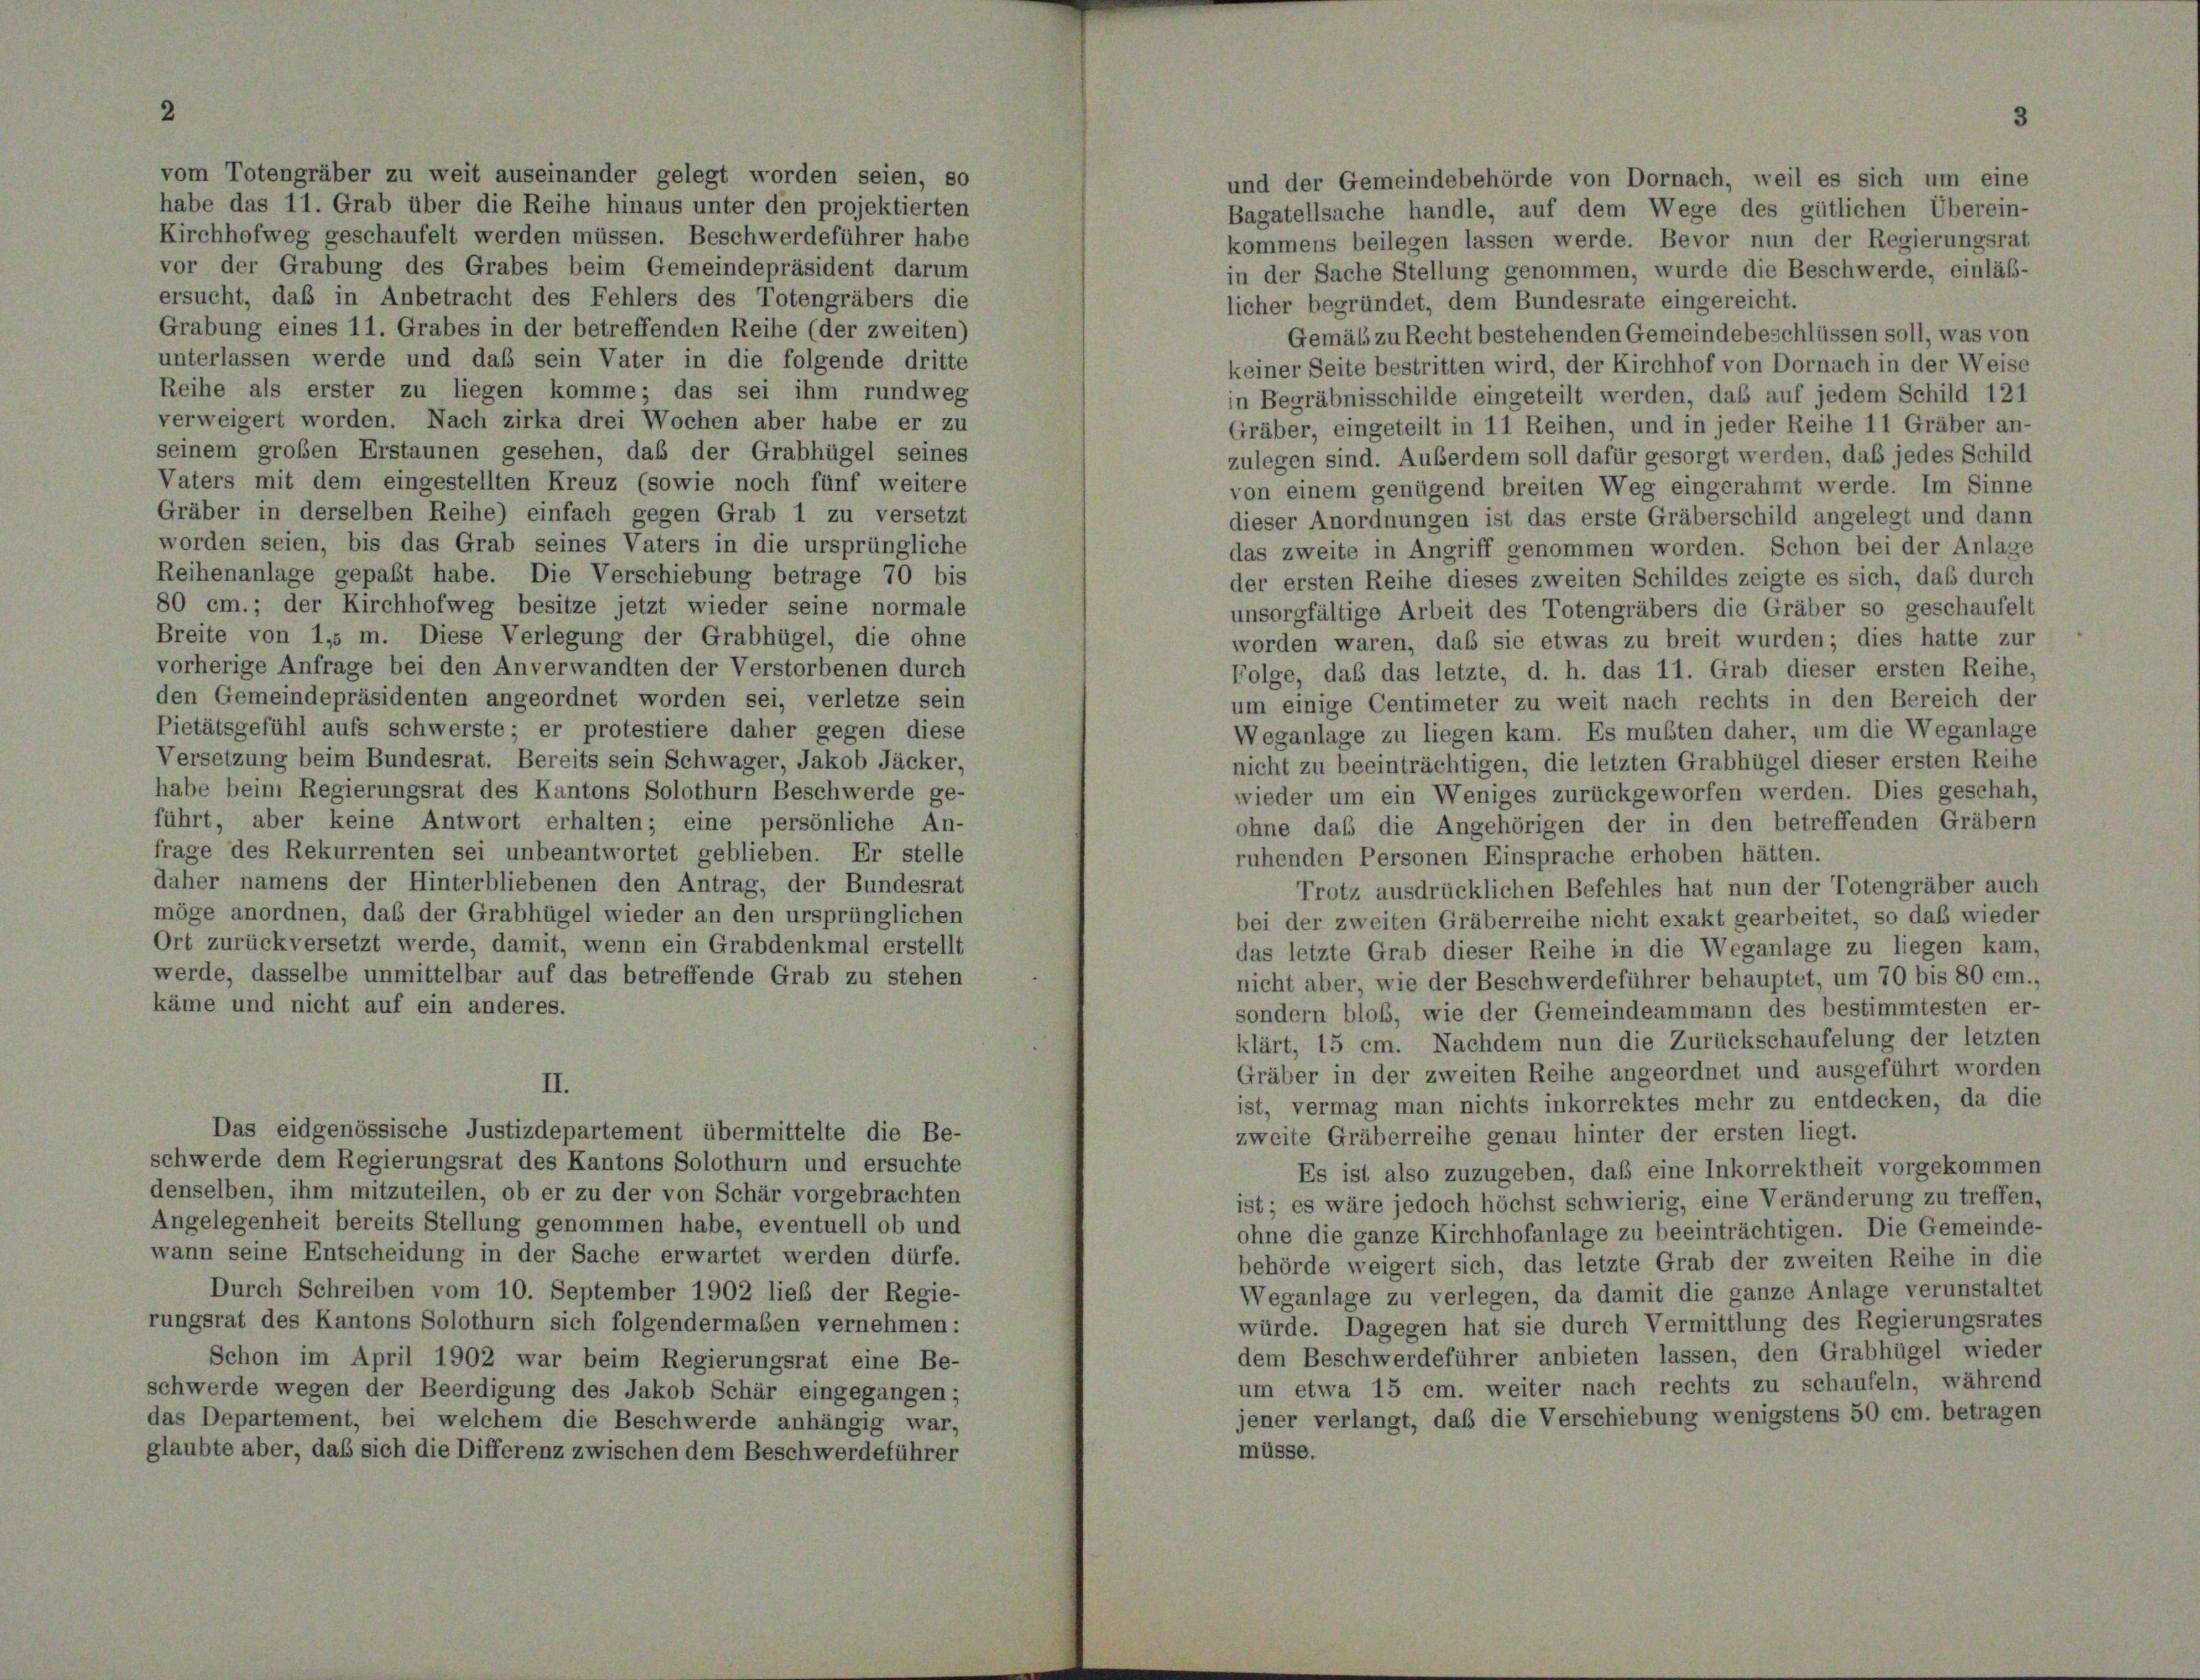
vom Totengräber zu weit auseinander gelegt worden seien, so
und der Gemeindebehörde von Dornach, weil es sich um eine
habe das 11. Grab über die Reihe hinaus unter den projektierten
Bagatellsache handle, auf dem Wege des gütlichen Überein-
Kirchhofweg geschaufelt werden müssen. Beschwerdeführer habe
kommens beilegen lassen werde. Bevor nun der Regierungsrat
vor der Grabung des Grabes beim Gemeindepräsident darum
in der Sache Stellung genommen, wurde die Beschwerde, einläß-
ersucht, daß in Anbetracht des Fehlers des Totengräbers die
licher begründet, dem Bundesrate eingereicht.
Grabung eines 11. Grabes in der betreffenden Reihe (der zweiten)
Gemäß zu Recht bestehenden Gemeindebeschlüssen soll, was von
unterlassen werde und daß sein Vater in die folgende dritte
keiner Seite bestritten wird, der Kirchhof von Dornach in der Weise
Reihe als erster zu liegen komme; das sei ihm rundweg
n Begräbnisschilde eingeteilt werden, daß auf jedem Schild 121
verweigert worden. Nach zirka drei Wochen aber habe er zu
Gräber, eingeteilt in 11 Reihen, und in jeder Reihe 11 Gräber an-
seinem großen Erstaunen gesehen, daß der Grabhügel seines
zulegen sind. Außerdem soll dafür gesorgt werden, daß jedes Schild
Vaters mit dem eingestellten Kreuz (sowie noch fünf weitere
von einem genügend breiten Weg eingerahmt werde. Im Sinne
Gräber in derselben Reihe) einfach gegen Grab 1 zu versetzt
dieser Anordnungen ist das erste Gräberschild angelegt und dann
worden seien, bis das Grab seines Vaters in die ursprüngliche
das zweite in Angriff genommen worden. Schon bei der Anlage
Reihenanlage gepaßt habe. Die Verschiebung betrage 70 bis
der ersten Reihe dieses zweiten Schildes zeigte es sich, daß durch
80 cm.; der Kirchhofweg besitze jetzt wieder seine normale
unsorgfältige Arbeit des Totengräbers die Gräber so geschaufelt
Breite von 1,5 m. Diese Verlegung der Grabhügel, die ohne
worden waren, daß sie etwas zu breit wurden; dies hatte zur
vorherige Anfrage bei den Anverwandten der Verstorbenen durch
Folge, daß das letzte, d. h. das 11. Grab dieser ersten Reihe,
den Gemeindepräsidenten angeordnet worden sei, verletze sein
um einige Centimeter zu weit nach rechts in den Bereich der
Pietätsgefühl aufs schwerste; er protestiere daher gegen diese
Weganlage zu liegen kam. Es mußten daher, um die Weganlage
Versetzung beim Bundesrat. Bereits sein Schwager, Jakob Jäcker,
nicht zu beeinträchtigen, die letzten Grabhügel dieser ersten Reihe
habe beim Regierungsrat des Kantons Solothurn Beschwerde ge-
wieder um ein Weniges zurückgeworfen werden. Dies geschah,
führt, aber keine Antwort erhalten; eine persönliche An-
ohne daß die Angehörigen der in den betreffenden Gräbern
frage des Rekurrenten sei unbeantwortet geblieben. Er stelle
ruhenden Personen Einsprache erhoben hätten.
daher namens der Hinterbliebenen den Antrag, der Bundesrat
Trotz ausdrücklichen Befehles hat nun der Totengräber auch
möge anordnen, daß der Grabhügel wieder an den ursprünglichen
bei der zweiten Gräberreihe nicht exakt gearbeitet, so daß wieder
Ort zurückversetzt werde, damit, wenn ein Grabdenkmal erstellt
das letzte Grab dieser Reihe in die Weganlage zu liegen kam,
werde, dasselbe unmittelbar auf das betreffende Grab zu stehen
nicht aber, wie der Beschwerdeführer behauptet, um 70 bis 80 cm.,
käme und nicht auf ein anderes.
sondern bloß, wie der Gemeindeammann des bestimmtesten er-
klärt, 15 cm. Nachdem nun die Zurückschaufelung der letzten
Gräber in der zweiten Reihe angeordnet und ausgeführt worden
II.
ist, vermag man nichts inkorrektes mehr zu entdecken, da die
Das eidgenössische Justizdepartement übermittelte die Be-
zweite Gräberreihe genau hinter der ersten liegt.
schwerde dem Regierungsrat des Kantons Solothurn und ersuchte
Es ist also zuzugeben, daß eine Inkorrektheit vorgekommen
denselben, ihm mitzuteilen, ob er zu der von Schär vorgebrachten
ist; es wäre jedoch höchst schwierig, eine Veränderung zu treffen,
Angelegenheit bereits Stellung genommen habe, eventuell ob und
ohne die ganze Kirchhofanlage zu beeinträchtigen. Die Gemeinde-
wann seine Entscheidung in der Sache erwartet werden dürfe.
behörde weigert sich, das letzte Grab der zweiten Reihe in die
Durch Schreiben vom 10. September 1902 lieb der Regie-
Weganlage zu verlegen, da damit die ganze Anlage verunstaltet
rungsrat des Kantons Solothurn sich folgendermaßen vernehmen:
würde. Dagegen hat sie durch Vermittlung des Regierungsrates
dem Beschwerdeführer anbieten lassen, den Grabhügel wieder
Schon im April 1902 war beim Regierungsrat eine Be-
um etwa 15 cm. weiter nach rechts zu schaufeln, währene
schwerde wegen der Beerdigung des Jakob Schär eingegangen;
jener verlangt, daß die Verschiebung wenigstens 50 cm. betrager
das Departement, bei welchem die Beschwerde anhängig war,
glaubte aber, daß sich die Differenz zwischen dem Beschwerdeführer
müsse.